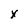
Character: x